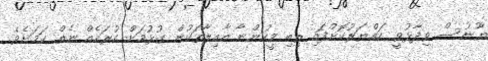
ޔޫނުސް ވިދާޅުވީ ހައްޔަރުކޮށްފައި ތިބި މީހުންނާ އާއިލާތަކުން ގުޅުމަށް ހުރަހެއް ނެތް ކަމަށެވެ.